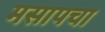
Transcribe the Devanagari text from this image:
मसापचा